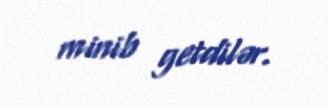
minib getdilər.